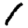
Digit: 1